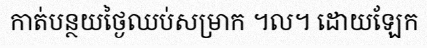
កាត់បន្ថយថ្ងៃឈប់សម្រាក ។ល។ ដោយឡែក